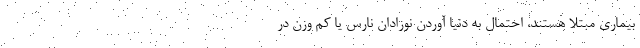
بیماری مبتلا هستند، احتمال به دنیا آوردن نوزادان نارس یا کم وزن در